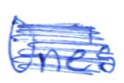
Text: One's
Cross-out: scratch
Writing tool: ballpoint